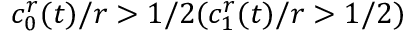
c _ { 0 } ^ { r } ( t ) / r > 1 / 2 ( c _ { 1 } ^ { r } ( t ) / r > 1 / 2 )